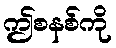
ဤစနစ်ကို